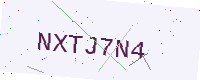
Text: NXTJ7N4